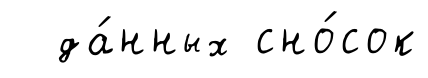
да́нных сно́сок